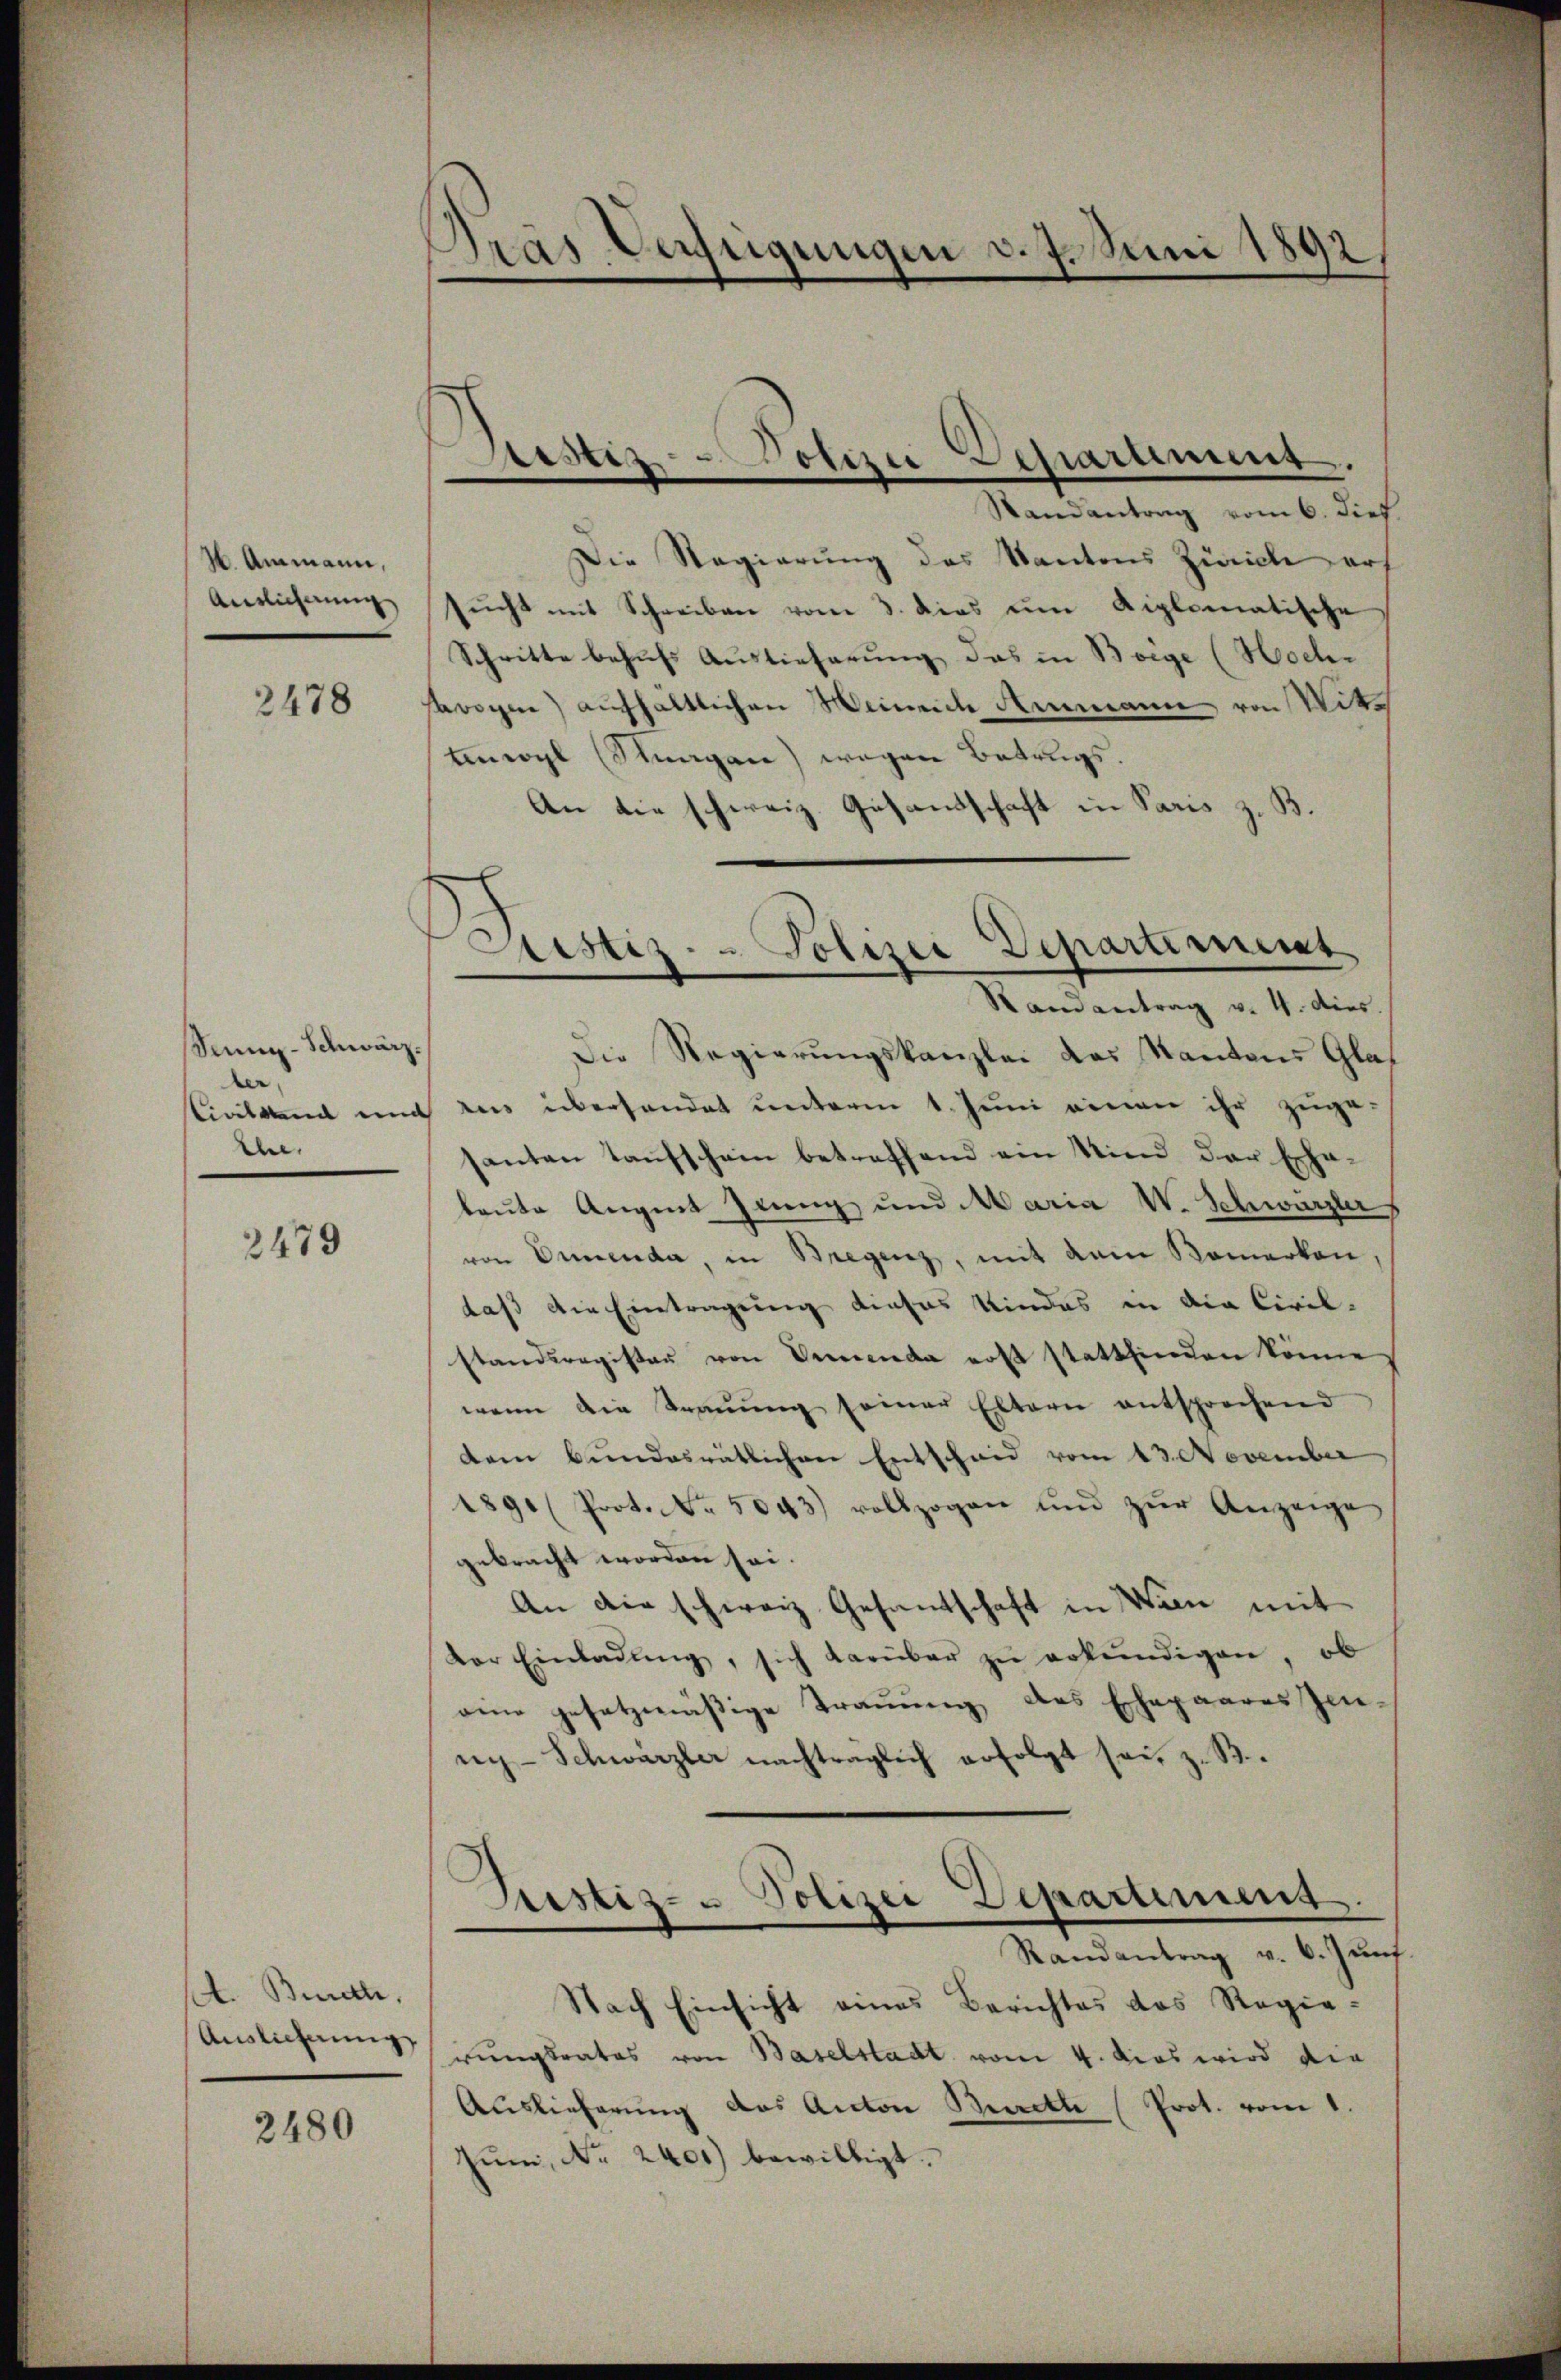
26 Ammann,
Anglicherung

2478

Senn-Schwärz.
der
Ehe,

2479

. Buch,
Auslieferung

2480

Pras Verfügungen d. 7. Juni 1892

Larsitz- Polize Departimes.

Justiz - Polizei Departement

Randantrag vom 6. dies
Die Regierung des Kantons Zürich erh
sŭcht mit Schreiben vom 3. dies um diplomatische
Schritte behufs Auslieferung das in Boige (Hoch-
awogen) aufhältlichen Weinen Ammann von Mitte
tenwyl (Thurgau) wegen Betrugs.
An die schweiz. Gesandschaft in Paris z. B.
Samantrag v. 4. dies.
Die Regierungskanzlei das Kantons Gla¬
Civilsent und des überhandet unterm 1. Juni einen ihr zuge-
santen Taufschein betreffend ein Sind der Echa¬
.
leute Augent Zing und Maria V. Schwärzler
von Dimenda, in Bregenz, mit dem Bemerken.
daß die Eintragung dieses Kindes in die Civilstandsregister von Verwende erst stattfinden könne
wenn die Trauung seiner Eltern entsprechend
dem bundesrätlichen Entschaid vom 13. November
189 (Prot. No. 5043) vollzogen und zŭr Anzeige
gebracht worden sei.
An die schweiz. Gesantschaft in Wien mit
dor Einladŭng, sich darüber zŭ erkŭndigen, ob
eine gesetzmäßige Trauung des Ehepaares Zenni-Schwärzler nachträglich erfolgt sei, z. B.
Randantrag v. 6. Jŭnf.
Nach Einsicht eines Berichtes das Regie-
rungsrates von Baselstadt vom 4. Das wird die
Auslieferung des Anton Burckte (Prot. vom 1.
Jŭm, Nr. 2401) bewilligt.

Sistiz- & Polizei Departement